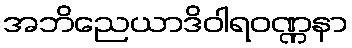
အဘိညေယာဒိဝါရဝဏ္ဏနာ